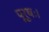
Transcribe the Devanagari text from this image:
पूरुषः।